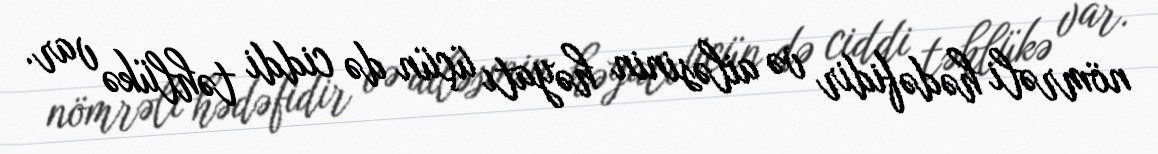
nömrəli hədəfidir və ailəsinin həyatı üçün də ciddi təhlükə var.